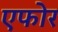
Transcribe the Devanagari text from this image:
एफोर